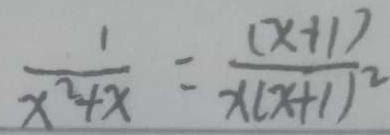
\frac { 1 } { x ^ { 2 } + x } = \frac { ( x + 1 ) } { x ( x + 1 ) ^ { 2 } }